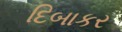
દિબાકર